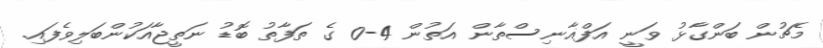
މެޗުން ބަންގާޅު ވަނީ އަފްޣާނިސްތާން އަތުން 4-0 ގެ ތަފާތު ބޮޑު ނަތީޖާއަކުންބަލިވެފައި.